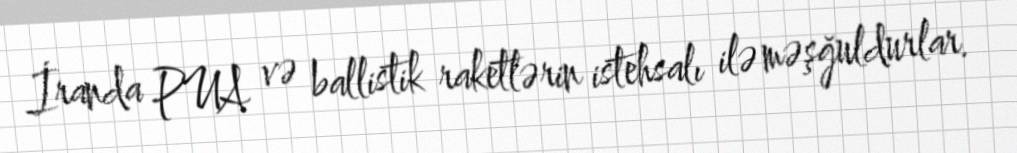
İranda PUA və ballistik raketlərin istehsalı ilə məşğuldurlar.